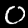
Digit: 0